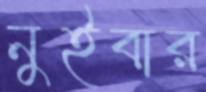
নুইবার